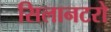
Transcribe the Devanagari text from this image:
सिलानटरो